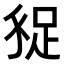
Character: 𧿗